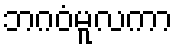
ဘဂဝံမူလကာ